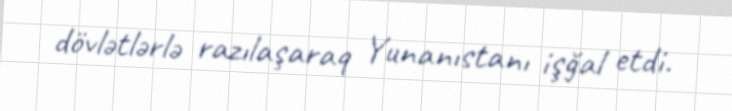
dövlətlərlə razılaşaraq Yunanıstanı işğal etdi.